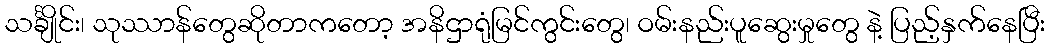
သင်္ချိုင်း၊ သုဿာန်တွေဆိုတာကတော့ အနိဌာရုံမြင်ကွင်းတွေ၊ ဝမ်းနည်းပူဆွေးမှုတွေ နဲ့ ပြည့်နှက်နေပြီး